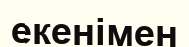
екенімен